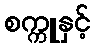
စက္ကူနှင့်